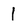
Character: 1